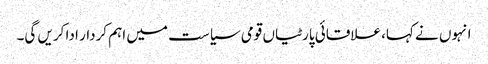
انہوں نے کہا، علاقائی پارٹیاں قومی سیاست میں اہم کردار ادا کریں گی۔